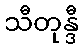
သီတုန္ဒီ